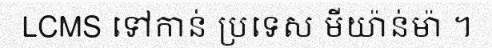
LCMS ទៅកាន់ ប្រទេស មីយ៉ាន់ម៉ា ។